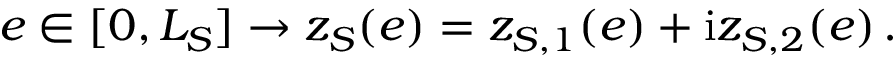
e \in [ 0 , L _ { S } ] \to z _ { S } ( e ) = z _ { S , 1 } ( e ) + \mathrm { i } z _ { S , 2 } ( e ) \, .